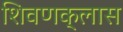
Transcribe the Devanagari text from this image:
शिवणक्लास